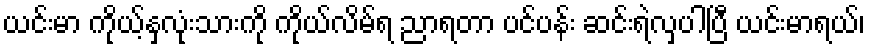
ယင်းမာ ကိုယ့်နှလုံးသားကို ကိုယ်လိမ်ရ ညာရတာ ပင်ပန်း ဆင်းရဲလှပါပြီ ယင်းမာရယ်၊